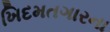
ખિદમતગારના